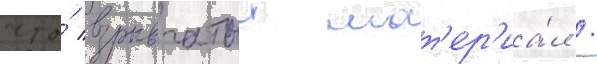
что́ взрывчатыи мат'ер'иа́л /